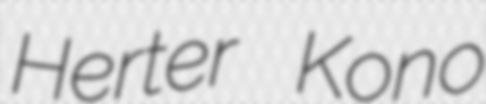
Herter Kono